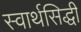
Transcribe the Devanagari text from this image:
स्वार्थसिद्धी